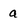
Character: a